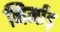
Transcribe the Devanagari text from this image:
निर्माड़